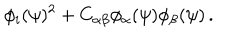
\phi _ { i } ( \psi ) ^ { 2 } + C _ { \alpha \beta } \phi _ { \alpha } ( \psi ) \phi _ { \beta } ( \psi ) \, .